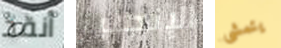
أنقذ الإنجليز يتمشى